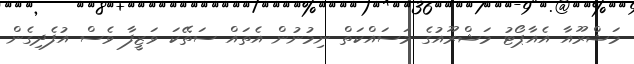
މަޝްރޫއާ އެއާޕޯޓު މަޝްރޫއުގެ މަސައްކަތް ނިމުނުން އެތައް ސަތޭކަ ވަޒީފާ ވެސް އުފެދިގެން